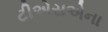
ટીએસએના